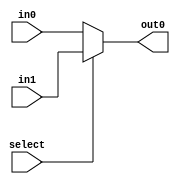
module mux_2(out0, select, in0, in1);
    input select;
    input [31:0] in1, in0;
    output [31:0] out0;
    assign out0 = select ? in1 : in0;
endmodule